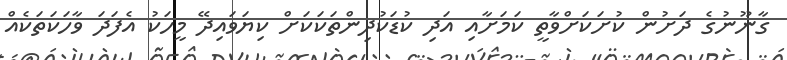
ގާނޫނުގެ ދަށުން ކުށަކަށްވާތީ ކަމަށާއި އަދި ކުޑަކުދިންތަކަކަށް ކިޔަވައިދޭ މީހަކު އެފަދަ ވާހަކަތަކެއް